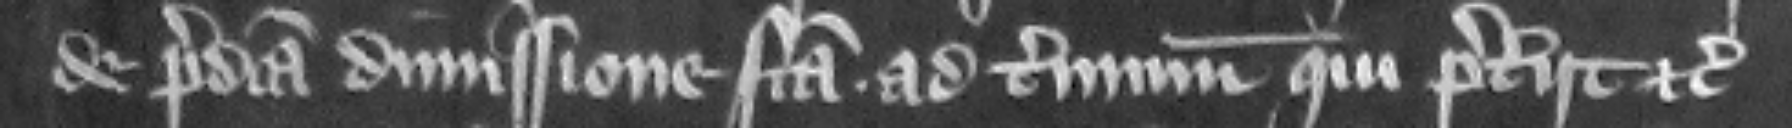
de predicta dimissione facta ad terminum qui preteriit etc.